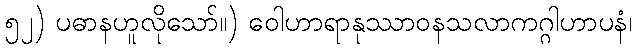
၅၂) ပဓာနဟူလိုသော်။) ဝေါဟာရာနုဿာဝနသလာကဂ္ဂါဟာပနံ၊